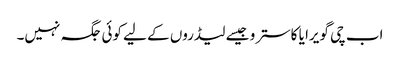
اب چی گویرا یا کاسترو جیسے لیڈروں کے لیے کوئی جگہ نہیں۔